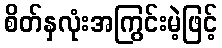
စိတ်နှလုံးအကြွင်းမဲ့ဖြင့်